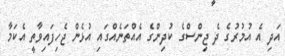
އަދި އެ އުމުރުގެ ދެ ޖިންސްގެ ކުދިންގެ އެއްތަނެއްގައި އުޅެން ޖެހިފައިވާތީ އެކަމާ